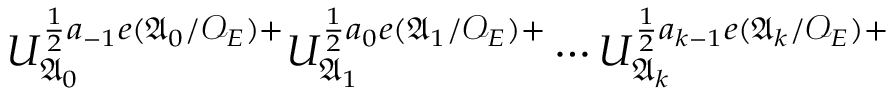
U _ { \mathfrak { A } _ { 0 } } ^ { \frac { 1 } { 2 } a _ { - 1 } e ( \mathfrak { A } _ { 0 } / \mathcal { O } _ { E } ) + } U _ { \mathfrak { A } _ { 1 } } ^ { \frac { 1 } { 2 } a _ { 0 } e ( \mathfrak { A } _ { 1 } / \mathcal { O } _ { E } ) + } \cdots U _ { \mathfrak { A } _ { k } } ^ { \frac { 1 } { 2 } a _ { k - 1 } e ( \mathfrak { A } _ { k } / \mathcal { O } _ { E } ) + }